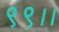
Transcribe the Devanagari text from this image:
९९।।